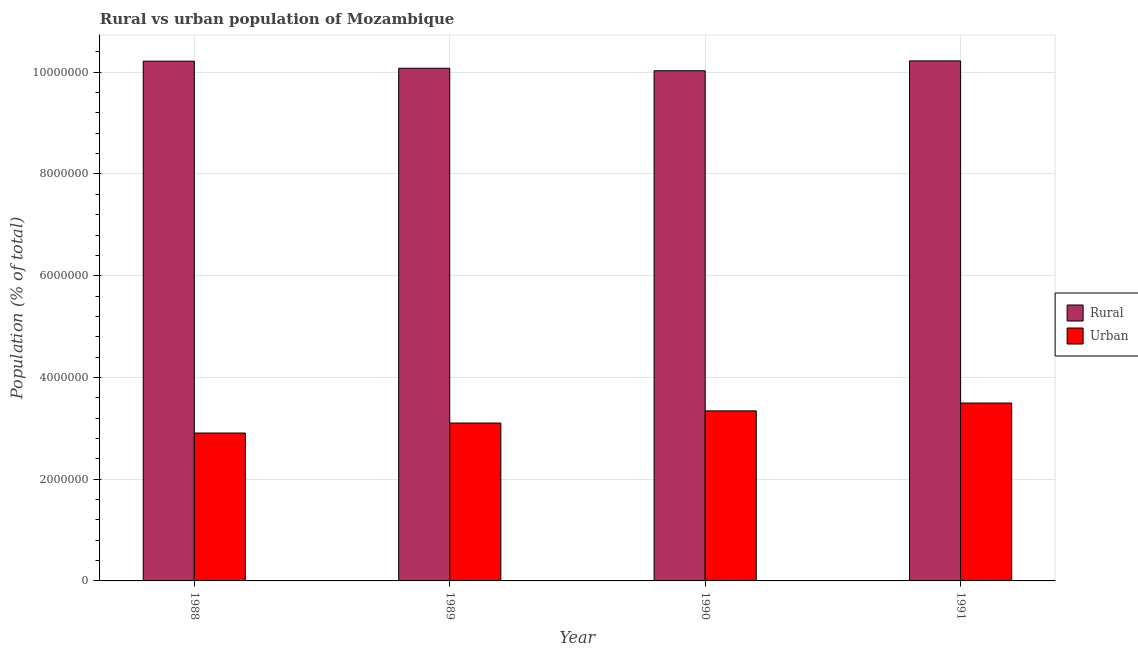
| Year | Rural | Urban |
 | --- | --- | --- |
 | 1988 | 1.02e+07 | 2.91e+06 |
 | 1989 | 1.01e+07 | 3.1e+06 |
 | 1990 | 1e+07 | 3.34e+06 |
 | 1991 | 1.02e+07 | 3.5e+06 |